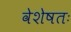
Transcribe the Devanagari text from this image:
वेशेषतः